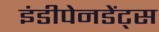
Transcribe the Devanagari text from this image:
इंडीपेनडेंट्स